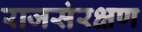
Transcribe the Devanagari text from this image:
राजसंरक्षण